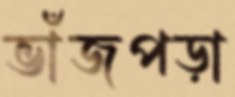
ভাঁজপড়া